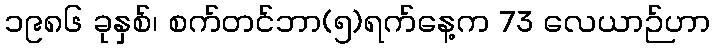
၁၉၈၆ ခုနှစ်၊ စက်တင်ဘာ(၅)ရက်နေ့က 73 လေယာဉ်ဟာ